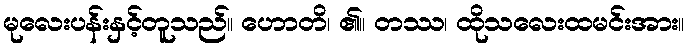
မုလေးပန်းနှင့်တူသည်။ ဟောတိ၊ ၏။ တဿ၊ ထိုသလေးထမင်းအား။